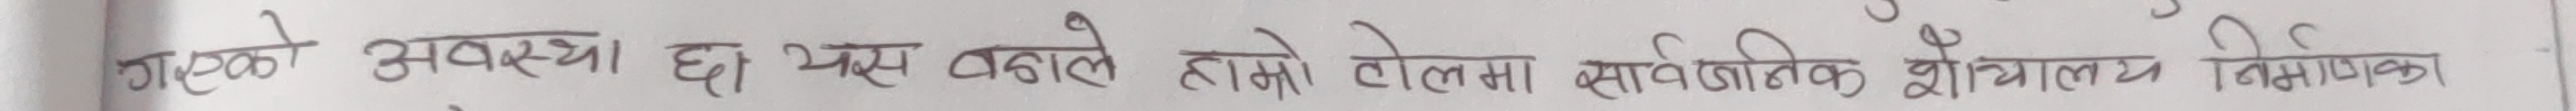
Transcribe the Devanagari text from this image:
गठबन्धनको अवस्था छ। यसले हाम्रो टोलमा सार्वजनिक शौचालय निर्माणको